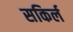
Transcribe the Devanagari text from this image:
सकिर्ल